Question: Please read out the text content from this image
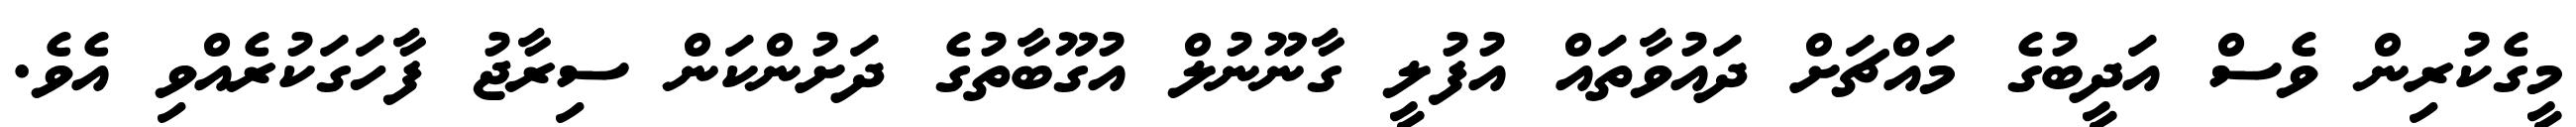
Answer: މީގެކުރިން ވެސް އަދީބުގެ މައްޗަށް ދައުވާތައް އުފުލީ ގާނޫނުލް އުގޫބާތުގެ ދަށުންކަން ސިރާޖު ފާހަގަކުރެއްވި އެވެ.